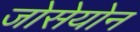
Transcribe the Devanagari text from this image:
जोसेयोन